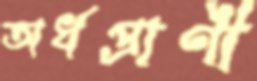
অর্ধপ্রাণী